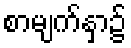
စာမျက်နှာ၌